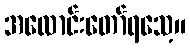
အလောင်းတော်ရသေ့။